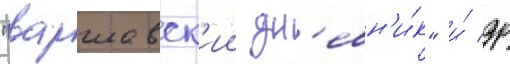
"варшавск'ии дн'евн'и́к" и́ др